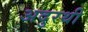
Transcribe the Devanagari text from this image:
अदुरथी